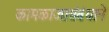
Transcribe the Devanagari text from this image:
कामकाजासंबंधाने